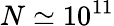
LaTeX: N\simeq 10^{11}